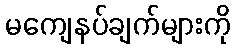
မကျေနပ်ချက်များကို